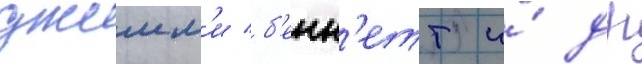
джимм'и б'енн'етт и́ др